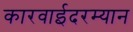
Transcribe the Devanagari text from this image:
कारवाईदरम्यान